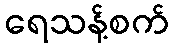
ရေသန့်စက်